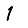
Digit: 1